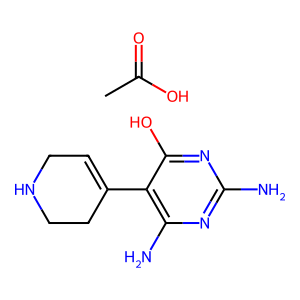
SMILES: CC(=O)O.Nc1nc(N)c(C2=CCNCC2)c(O)n1
Inhibits HIV replication: No